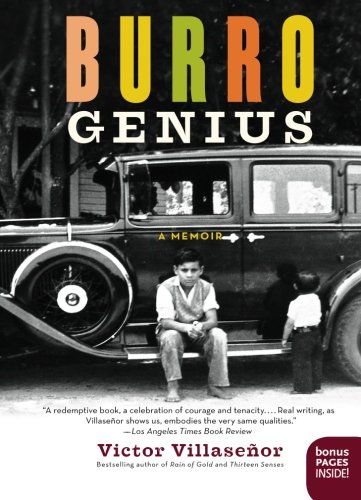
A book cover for Burro Genius: A Memoir; Victor Villasenor; Literature & Fiction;